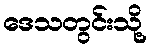
ဒေသတွင်းသို့